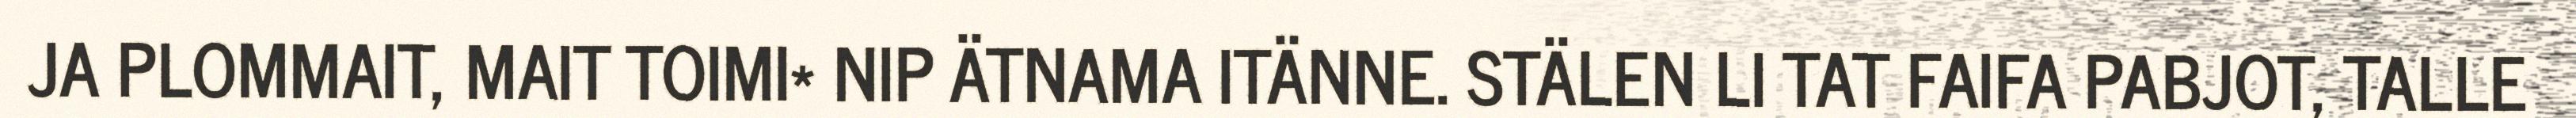
JA PLOMMAIT, MAIT TOIMI* NIP ÄTNAMA ITÄNNE. STÄLEN LI TAT FAIFA PABJOT, TALLE